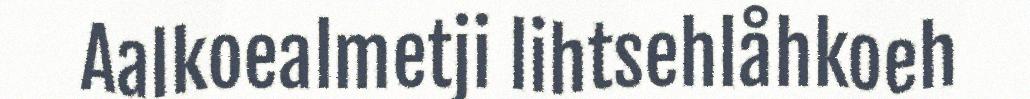
Aalkoealmetji lihtsehlåhkoeh